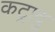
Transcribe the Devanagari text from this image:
कट्रादु